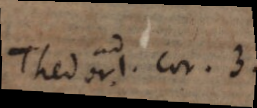
Theodor. I. Cor. 3.